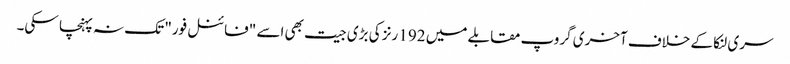
سری لنکا کے خلاف آخری گروپ مقابلے میں 192 رنز کی بڑی جیت بھی اسے "فائنل فور" تک نہ پہنچا سکی۔